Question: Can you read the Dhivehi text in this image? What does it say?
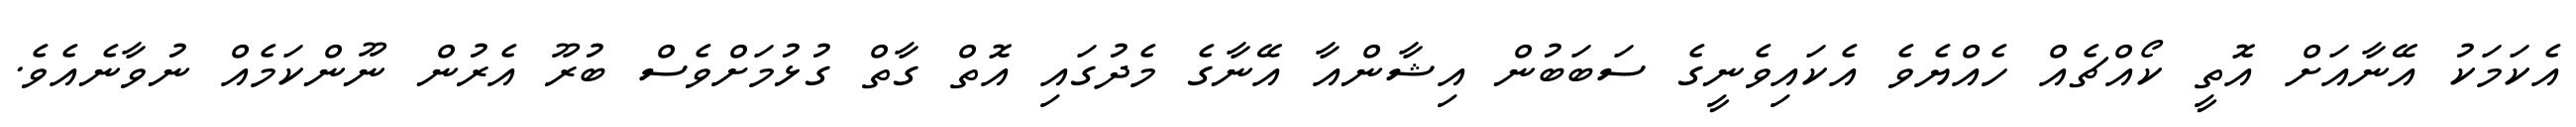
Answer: އެކަމަކު އޭނާއަށް އޮތީ ކޯއްޗެއް ހެއްޔެވެ އެކައިވެނީގެ ސަބަބުން އިޝާންއާ އޭނާގެ މެދުގައި އޮތް ގާތް ގުޅުމަށްވެސް ބުރޫ އެރުން ނޫންކަމެއް ނުވާނެއެވެ.